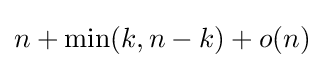
n+\min(k,n-k)+o(n)